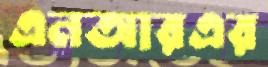
এনআরএর